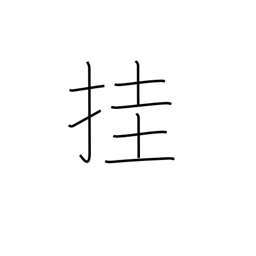
Meaning: hang